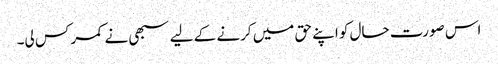
اس صورت حال کو اپنے حق میں کرنے کے لیے سبھی نے کمر کس لی۔